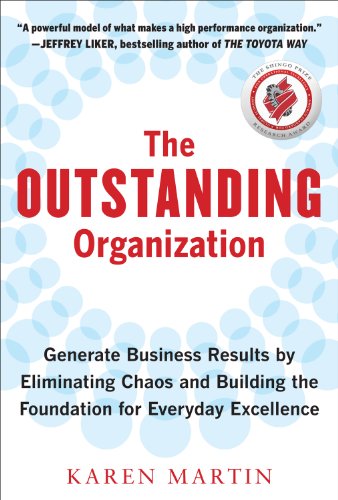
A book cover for The Outstanding Organization: Generate Business Results by Eliminating Chaos and Building the Foundation for Everyday Excellence; Karen Martin; Business & Money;